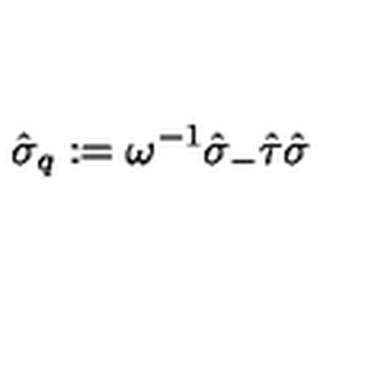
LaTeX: \hat { \sigma } _ { q } : = \omega ^ { - 1 } \hat { \sigma } _ { - } \hat { \tau } \hat { \sigma }